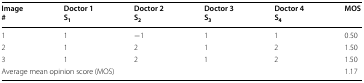
| Image# | Doctor 1S1 | Doctor 2S2 | Doctor 3S3 | Doctor 4S4 | MOS |
 | --- | --- | --- | --- | --- | --- |
 | 1 | 1 | −1 | 1 | 1 | 0.50 |
 | 2 | 1 | 2 | 1 | 2 | 1.50 |
 | 3 | 1 | 2 | 1 | 2 | 1.50 |
 | <COLSPAN=5> Average mean opinion score (MOS) | 1.17 |